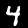
Digit: 4